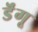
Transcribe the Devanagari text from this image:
डॆंगू